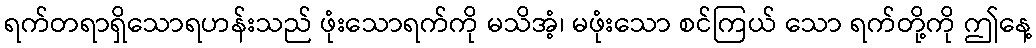
ရက်တရာရှိသောရဟန်းသည် ဖုံးသောရက်ကို မသိအံ့၊ မဖုံးသော စင်ကြယ် သော ရက်တို့ကို ဤနေ့